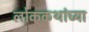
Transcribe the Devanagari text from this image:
लोककथांच्या